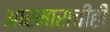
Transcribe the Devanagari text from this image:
आरमाराचीही